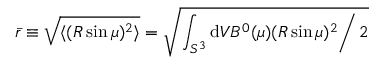
\bar { r } \equiv \sqrt { \langle ( R \sin \mu ) ^ { 2 } \rangle } = \sqrt { \left. \int _ { S ^ { 3 } } \mathrm { d } V B ^ { 0 } ( \mu ) ( R \sin \mu ) ^ { 2 } \right/ 2 }